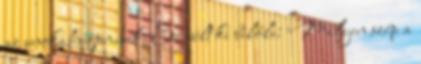
az unokahúgomnak. Ez sült ki belőle: Milyen szép a